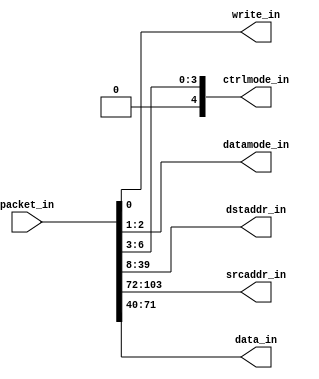
//#############################################################################
//# Function: Maps Packet to Emesh Signals                                    #
//#############################################################################
//# Author:   Andreas Olofsson                                                #
//# License:  MIT (see LICENSE file in OH! repository)                        # 
//#############################################################################
module packet2emesh #(parameter AW = 32,   // address width 
		      parameter PW = 104)  // packet width
   (
    //Input packet
    input [PW-1:0]  packet_in,
    //Emesh signal bundle 
    output 	    write_in,   // write signal
    output [1:0]    datamode_in,// datasize
    output [4:0]    ctrlmode_in,// ctrlmode
    output [AW-1:0] dstaddr_in, // read/write address
    output [AW-1:0] srcaddr_in, // return address for reads
    output [AW-1:0] data_in // data
    );
      
   // ---- FORMAT -----
   //
   // [0]  =write bit
   // [2:1]=datamode
   // [7:3]=ctrlmode
   // [39:8]=dstaddr(lo)
   //
   // ---- 32-BIT ADDRESS ----
   // [71:40]   data (lo)   | xxxx
   // [103:72]  srcaddr(lo) | data (hi)
   //
   // ---- 64-BIT ADDRESS ----
   // [71:40]   D0 | srcaddr(hi)
   // [103:72]  D1 | srcaddr(lo)
   // [135:104] dstaddr(hi)
   
	   assign write_in           = packet_in[0];   
	   assign datamode_in[1:0]   = packet_in[2:1];   
	   assign ctrlmode_in[4:0]   = {1'b0,packet_in[6:3]};   
	   assign dstaddr_in[31:0]   = packet_in[39:8]; 	 
	   assign srcaddr_in[31:0]   = packet_in[103:72];  
	   assign data_in[31:0]      = packet_in[71:40]; 
   
endmodule // packet2emesh